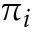
\pi _ { i }